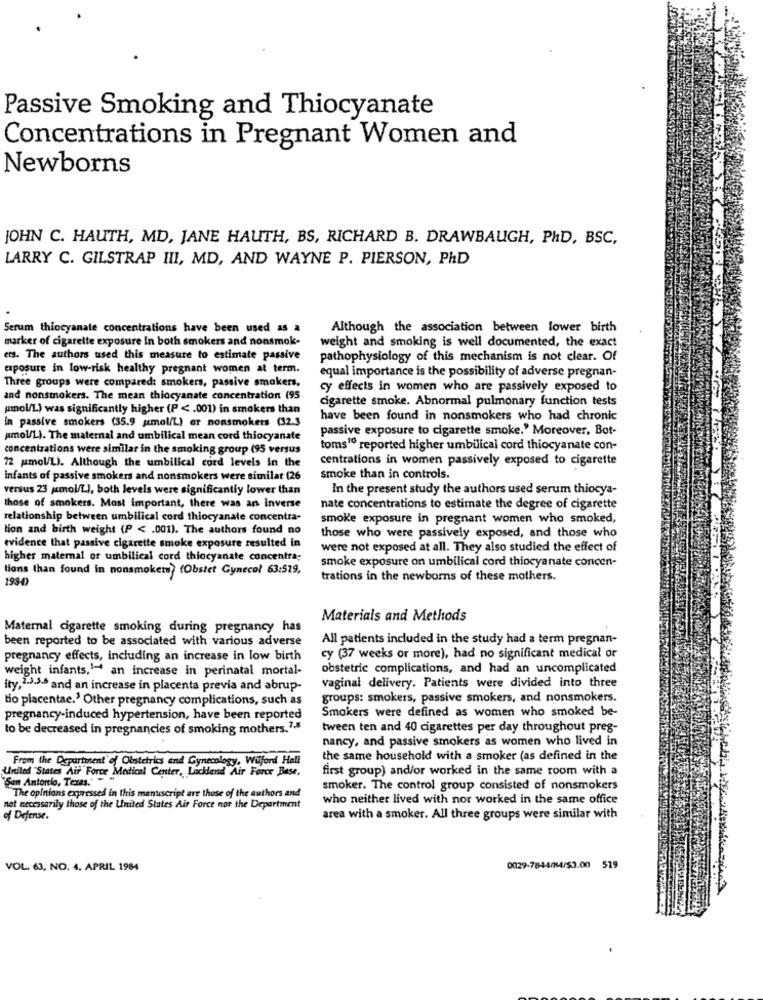
Passive Smoking and Thiocyanate
Concentrations in Pregnant Women and
Newborns
JOHN C. HAUTH, MD, JANE HAUTH, BS, RICHARD B. DRAWBAUGH, PhD, BSC,
LARRY C. GILSTRAP III, MD, AND WAYNE P. PIERSON, PhD
Serum thiocyanale concentrations have been used as a
Although the association between lower birth
marker of cigarette exposure In both smokers and nonsmok-
weight and smoking is well documented, the exact
ets. The authors used this measure to estimate passive
pathophysiology of this mechanism is not clear. Of
exposure in low-risk healthy pregnant women at term.
equal importance is the possibility of adverse pregnan-
Three groups were compared: smokers, passive smokers.
cy effects in women who are passively exposed to
and nonsmokers. The mean thiocyanate concentration (95
cigarette smoke. Abnormal pulmonary function tests
(mol/L) was significantly higher (P < . 001) in smokers than
in passive smokers (35.9 (mol/L) ar nonsmokers (32.3
have been found in nonsmokers who had chronic
passive exposure to cigarette smoke." Moreover, Bot-
"mol/L). The maternal and umbilical mean cord thiocyanate
concentrations were similar in the smoking group (95 versus
toms1º reported higher umbilical cord thiocyanate con-
centrations in women passively exposed to cigarette
72 Mmol/L). Although the umbilical cord levels In the
infants of passive smokers and nonsmokers were similar (26
smoke than in controls.
versus 23 mmol/L), both levels were significantly lower than
In the present study the authors used serum thiocya-
those of smokers. Most important, there was an inverse
nate concentrations to estimate the degree of cigarette
relationship between umbilical cord thiocyanate concentra-
smoke exposure in pregnant women who smoked,
lion and birth weight (P < . 001). The authors found no
those who were passively exposed, and those who
evidence that passive cigarette smoke exposure resulted in
were not exposed at all. They also studied the effect of
higher maternal or umbilical cord thiocyanate concentra-
lions than found in nonsmokers) (Obstet Gynecol 63:519,
smoke exposure on umbilical cord thiocyanate concen-
trations in the newborns of these mothers.
193-4)
Materials and Methods
Maternal cigarette smoking during pregnancy has
been reported to be associated with various adverse
All patients included in the study had a term pregnan-
pregnancy effects, including an increase in low birth
cy (37 weeks or more), had no significant medical or
weight infants,1-4 an increase in perinatal mortal-
obstetric complications, and had an uncomplicated
ity, 2.3.3.0 and an increase in placenta previa and abrup-
vaginal delivery. Patients were divided into three
tio placentae.' Other pregnancy complications, such as
groups: smokers, passive smokers, and nonsmokers.
Smokers were defined as women who smoked be-
pregnancy-induced hypertension, have been reported
to be decreased in pregnancies of smoking mothers.7.8
tween ten and 40 cigarettes per day throughout preg-
nancy, and passive smokers as women who lived in
From the Department of Obstetrics and Gynecology, Wilford Hall
the same household with a smoker (as defined in the
United States Air Force Medical Center, Lackland Air Force Base,
first group) and/or worked in the same room with a
"San Antonio, Texas. --
smoker. The control group consisted of nonsmokers
"The opinions expressed in this manuscript are those of the authors and
who neither lived with nor worked in the same office
net necessarily those of the United States Air Force nor the Department
of Defense.
area with a smoker. All three groups were similar with
VOL. 63, NO. 4. APRIL 1984
0029-7844/14/53.00 5